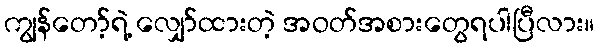
ကျွန်တော့်ရဲ့ လျှော်ထားတဲ့ အဝတ်အစားတွေရပါပြီလား။